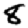
Digit: 8